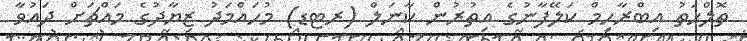
ތޮލްހަތު އިބްރާހިމް ކަލޭފާނުގެ އިތުރުން ކާނަލް (ރޓޑ) މުހައްމަދު ޒިޔާދުގެ މައްޗަށް ދައުވާ